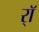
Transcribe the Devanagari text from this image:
र्‍ाॅ